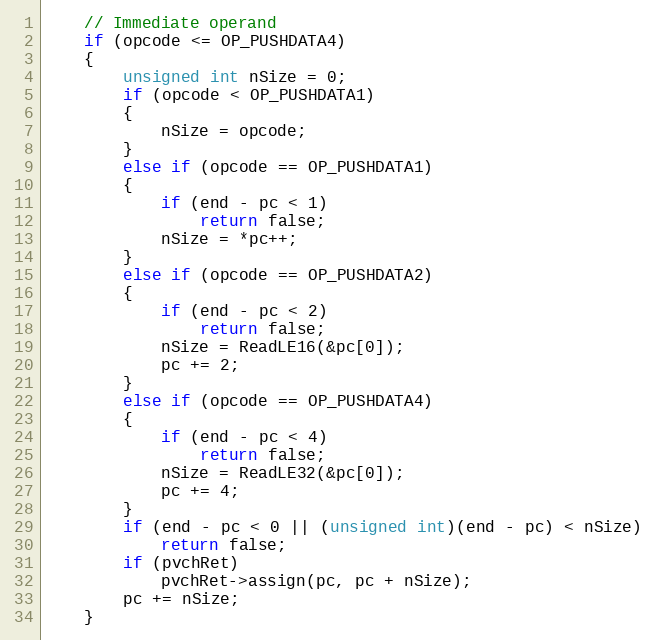
Language: C++
    // Immediate operand
    if (opcode <= OP_PUSHDATA4)
    {
        unsigned int nSize = 0;
        if (opcode < OP_PUSHDATA1)
        {
            nSize = opcode;
        }
        else if (opcode == OP_PUSHDATA1)
        {
            if (end - pc < 1)
                return false;
            nSize = *pc++;
        }
        else if (opcode == OP_PUSHDATA2)
        {
            if (end - pc < 2)
                return false;
            nSize = ReadLE16(&pc[0]);
            pc += 2;
        }
        else if (opcode == OP_PUSHDATA4)
        {
            if (end - pc < 4)
                return false;
            nSize = ReadLE32(&pc[0]);
            pc += 4;
        }
        if (end - pc < 0 || (unsigned int)(end - pc) < nSize)
            return false;
        if (pvchRet)
            pvchRet->assign(pc, pc + nSize);
        pc += nSize;
    }